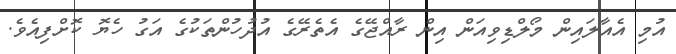
އުމި އެއާލައިން މޯލްޑިވިއަން އިން ރާއްޖޭގެ އެތެރޭގެ އުދުހުންތަކުގެ އަގު ހެޔޮ ކޮށްފިއެވެ.